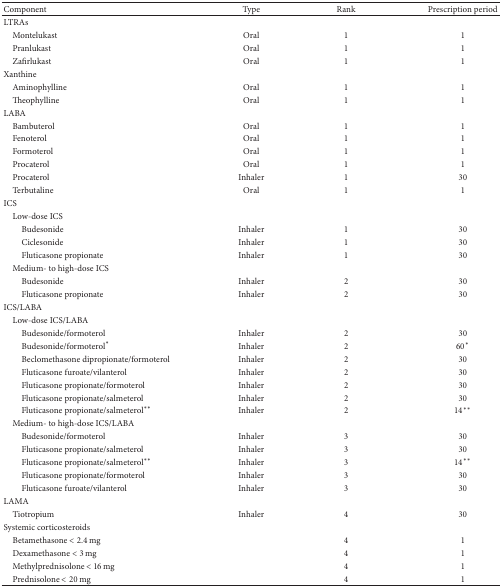
<table><thead><tr><td><b>Component </b></td><td><b>Type</b></td><td><b>Rank</b></td><td><b>Prescription period</b></td></tr></thead><tbody><tr><td>LTRAs</td><td> </td><td> </td><td> </td></tr><tr><td> Montelukast</td><td>Oral</td><td>1</td><td>1</td></tr><tr><td> Pranlukast</td><td>Oral</td><td>1</td><td>1</td></tr><tr><td> Zafirlukast</td><td>Oral</td><td>1</td><td>1</td></tr><tr><td>Xanthine</td><td> </td><td> </td><td> </td></tr><tr><td> Aminophylline</td><td>Oral</td><td>1</td><td>1</td></tr><tr><td> Theophylline</td><td>Oral</td><td>1</td><td>1</td></tr><tr><td>LABA</td><td> </td><td> </td><td> </td></tr><tr><td> Bambuterol</td><td>Oral</td><td>1</td><td>1</td></tr><tr><td> Fenoterol</td><td>Oral</td><td>1</td><td>1</td></tr><tr><td> Formoterol</td><td>Oral</td><td>1</td><td>1</td></tr><tr><td> Procaterol</td><td>Oral</td><td>1</td><td>1</td></tr><tr><td> Procaterol</td><td>Inhaler</td><td>1</td><td>30</td></tr><tr><td> Terbutaline</td><td>Oral</td><td>1</td><td>1</td></tr><tr><td>ICS</td><td> </td><td> </td><td> </td></tr><tr><td> Low-dose ICS</td><td> </td><td> </td><td> </td></tr><tr><td>Budesonide</td><td>Inhaler</td><td>1</td><td>30</td></tr><tr><td>Ciclesonide</td><td>Inhaler</td><td>1</td><td>30</td></tr><tr><td>Fluticasone propionate</td><td>Inhaler</td><td>1</td><td>30</td></tr><tr><td> Medium- to high-dose ICS</td><td> </td><td> </td><td> </td></tr><tr><td>Budesonide</td><td>Inhaler</td><td>2</td><td>30</td></tr><tr><td>Fluticasone propionate</td><td>Inhaler</td><td>2</td><td>30</td></tr><tr><td>ICS/LABA</td><td> </td><td> </td><td> </td></tr><tr><td> Low-dose ICS/LABA</td><td> </td><td> </td><td> </td></tr><tr><td>Budesonide/formoterol</td><td>Inhaler</td><td>2</td><td>30</td></tr><tr><td>Budesonide/formoterol<sup><i>∗</i></sup></td><td>Inhaler</td><td>2</td><td>60<sup><i>∗</i></sup></td></tr><tr><td>Beclomethasone dipropionate/formoterol</td><td>Inhaler</td><td>2</td><td>30</td></tr><tr><td>Fluticasone furoate/vilanterol</td><td>Inhaler</td><td>2</td><td>30</td></tr><tr><td>Fluticasone propionate/formoterol</td><td>Inhaler</td><td>2</td><td>30</td></tr><tr><td>Fluticasone propionate/salmeterol</td><td>Inhaler</td><td>2</td><td>30</td></tr><tr><td>Fluticasone propionate/salmeterol<sup><i>∗∗</i></sup></td><td>Inhaler</td><td>2</td><td>14<sup><i>∗∗</i></sup></td></tr><tr><td> Medium- to high-dose ICS/LABA</td><td> </td><td> </td><td> </td></tr><tr><td>Budesonide/formoterol</td><td>Inhaler</td><td>3</td><td>30</td></tr><tr><td>Fluticasone propionate/salmeterol</td><td>Inhaler</td><td>3</td><td>30</td></tr><tr><td>Fluticasone propionate/salmeterol<sup><i>∗∗</i></sup></td><td>Inhaler</td><td>3</td><td>14<sup><i>∗∗</i></sup></td></tr><tr><td>Fluticasone propionate/formoterol</td><td>Inhaler</td><td>3</td><td>30</td></tr><tr><td>Fluticasone furoate/vilanterol</td><td>Inhaler</td><td>3</td><td>30</td></tr><tr><td>LAMA</td><td> </td><td> </td><td> </td></tr><tr><td> Tiotropium</td><td>Inhaler</td><td>4</td><td>30</td></tr><tr><td>Systemic corticosteroids</td><td> </td><td> </td><td> </td></tr><tr><td> Betamethasone &lt; 2.4 mg</td><td> </td><td>4</td><td>1</td></tr><tr><td> Dexamethasone &lt; 3 mg</td><td> </td><td>4</td><td>1</td></tr><tr><td> Methylprednisolone &lt; 16 mg</td><td> </td><td>4</td><td>1</td></tr><tr><td> Prednisolone &lt; 20 mg</td><td> </td><td>4</td><td>1</td></tr></tbody></table>